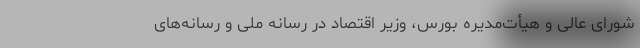
شورای عالی و هیأت‌مدیره بورس، وزیر اقتصاد در رسانه ملی و رسانه‌های